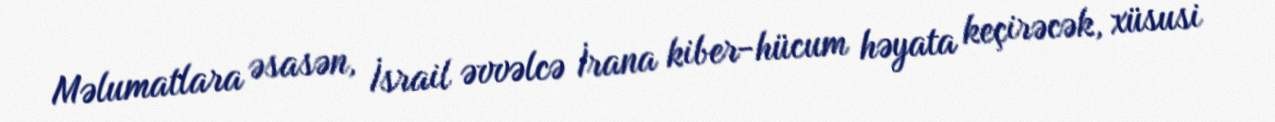
Məlumatlara əsasən, İsrail əvvəlcə İrana kiber-hücum həyata keçirəcək, xüsusi